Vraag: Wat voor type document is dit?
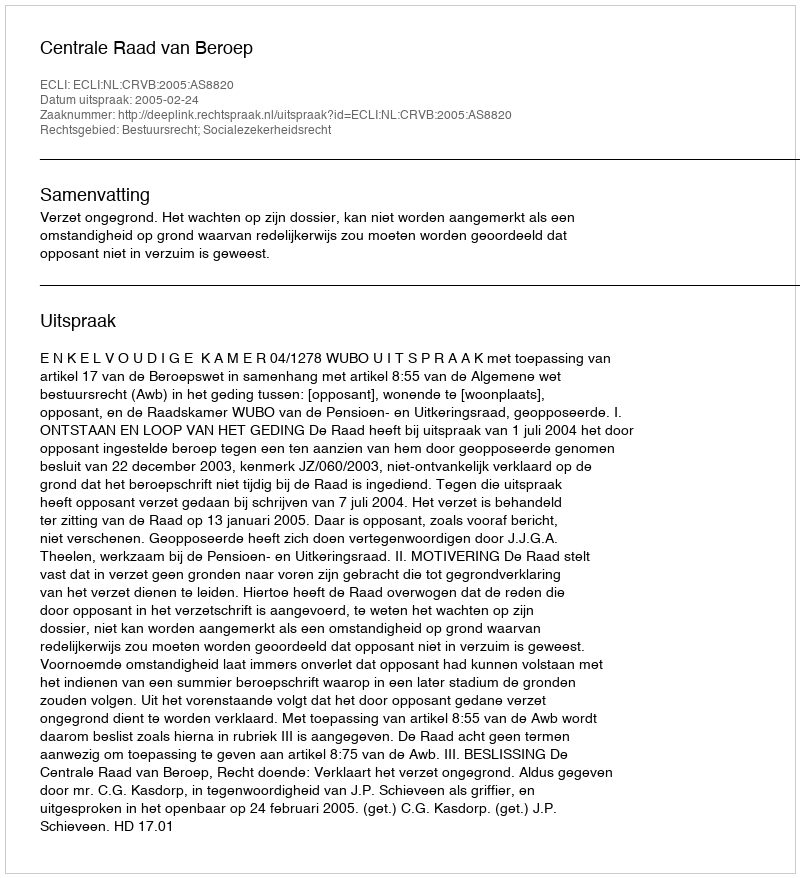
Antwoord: Uitspraak